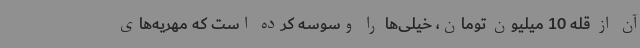
آن از قله 10 میلیون تومان، خیلی‌ها را وسوسه کرده است که مهریه‌های